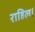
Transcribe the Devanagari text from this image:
राहिल।